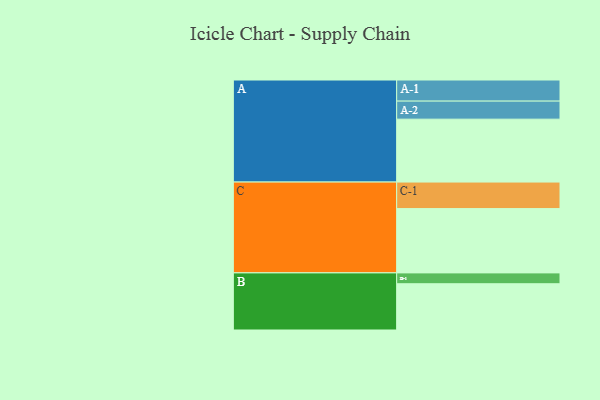
{"axis": {"x": "Segment", "y": "Value"}, "legend": ["", "A", "B", "C"], "data": [{"x": "A", "y": 533, "type": ""}, {"x": "B", "y": 392, "type": ""}, {"x": "C", "y": 545, "type": ""}, {"x": "A-1", "y": 179, "type": "A"}, {"x": "A-2", "y": 153, "type": "A"}, {"x": "B-1", "y": 92, "type": "B"}, {"x": "C-1", "y": 225, "type": "C"}]}